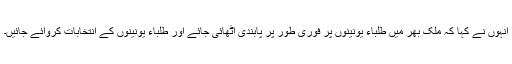
انہوں نے کہا کہ ملک بھر میں طلباء یونینوں پر فوری طور پر پابندی اٹھائی جائے اور طلباء یونینوں کے انتخابات کروائے جائیں۔